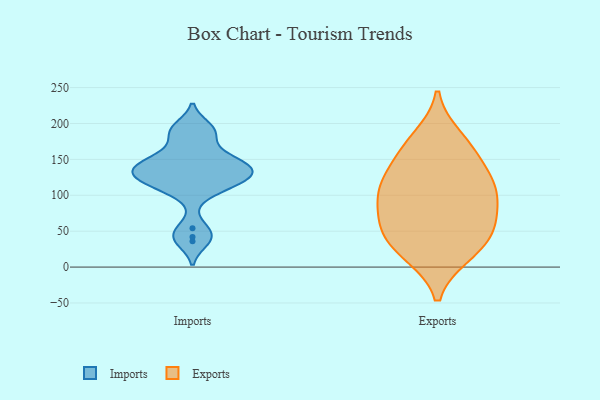
{"axis": {"x": "LTV (USD)", "y": "Value"}, "legend": ["Exports", "Imports"], "data": [{"x": "", "y": 54, "type": "Imports"}, {"x": "", "y": 190, "type": "Imports"}, {"x": "", "y": 121, "type": "Imports"}, {"x": "", "y": 149, "type": "Imports"}, {"x": "", "y": 42, "type": "Imports"}, {"x": "", "y": 125, "type": "Imports"}, {"x": "", "y": 142, "type": "Imports"}, {"x": "", "y": 195, "type": "Imports"}, {"x": "", "y": 161, "type": "Imports"}, {"x": "", "y": 146, "type": "Imports"}, {"x": "", "y": 104, "type": "Imports"}, {"x": "", "y": 128, "type": "Imports"}, {"x": "", "y": 141, "type": "Imports"}, {"x": "", "y": 112, "type": "Imports"}, {"x": "", "y": 134, "type": "Imports"}, {"x": "", "y": 125, "type": "Imports"}, {"x": "", "y": 184, "type": "Imports"}, {"x": "", "y": 36, "type": "Imports"}, {"x": "", "y": 18, "type": "Exports"}, {"x": "", "y": 53, "type": "Exports"}, {"x": "", "y": 101, "type": "Exports"}, {"x": "", "y": 60, "type": "Exports"}, {"x": "", "y": 120, "type": "Exports"}, {"x": "", "y": 81, "type": "Exports"}, {"x": "", "y": 128, "type": "Exports"}, {"x": "", "y": 37, "type": "Exports"}, {"x": "", "y": 103, "type": "Exports"}, {"x": "", "y": 54, "type": "Exports"}, {"x": "", "y": 109, "type": "Exports"}, {"x": "", "y": 167, "type": "Exports"}, {"x": "", "y": 180, "type": "Exports"}, {"x": "", "y": 18, "type": "Exports"}, {"x": "", "y": 157, "type": "Exports"}]}